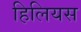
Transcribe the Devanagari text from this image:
हिलियस